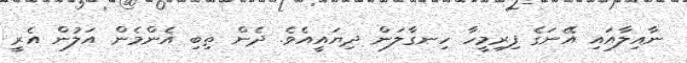
ނާއިލާއައި އޭނަގެ ފިރިމީހާ ހިނގާލަން ދިޔައީއެވެ. ދެން ތިބި އެންމެން އަލުން އެރީ